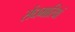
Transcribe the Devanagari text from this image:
सेंधमारियां